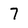
Character: 7